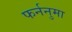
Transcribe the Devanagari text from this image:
फर्ननुमा